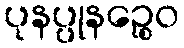
ပုနပ္ပုနဉ္စေဝ